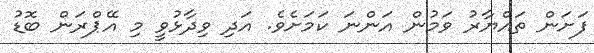
ފަށަން ތައްޔާރު ވަމުން އަންނަ ކަމަށެވެ. އަދި ވިދާޅުވީ މި އޭޕްރަން ބޮޑު